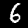
Label: 6